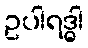
ဥပါရဒ္ဓါ